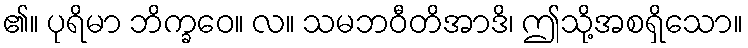
၏။ ပုရိမာ ဘိက္ခဝေ။ လ။ သမဘဝီတိအာဒိ၊ ဤသို့အစရှိသော။